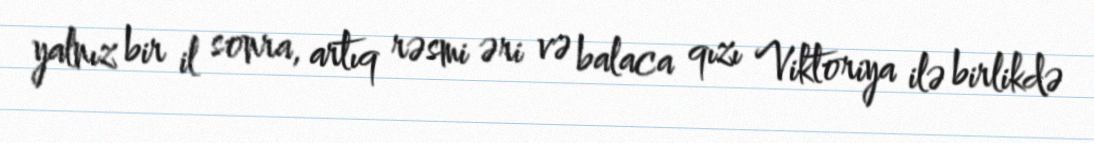
yalnız bir il sonra, artıq rəsmi əri və balaca qızı Viktoriya ilə birlikdə